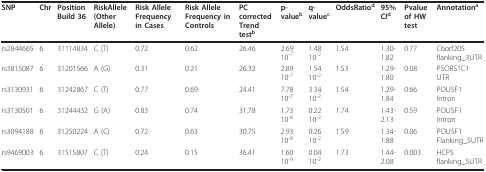
| SNP | Chr | Position Build 36 | RiskAllele (Other Allele) | Risk Allele Frequency in Cases | Risk Allele Frequency in Controls | PC corrected Trend testb | p-valueb | q-valuec | OddsRatiod | 95% CId | Pvalue of HW test | Annotationa |
 | --- | --- | --- | --- | --- | --- | --- | --- | --- | --- | --- | --- | --- |
 | rs2844665 | 6 | 31114834 | C (T) | 0.72 | 0.62 | 26.46 | 2.69 10-7 | 1.48 10-2 | 1.54 | 1.30-1.82 | 0.77 | C6orf205flanking_3UTR |
 | rs3815087 | 6 | 31201566 | A (G) | 0.31 | 0.21 | 26.32 | 2.89 10-7 | 1.54 10-2 | 1.53 | 1.29-1.80 | 0.08 | PSORS1C1UTR |
 | rs3130931 | 6 | 31242867 | C (T) | 0.77 | 0.69 | 24.41 | 7.78 10-7 | 3.34 10-2 | 1.54 | 1.29-1.84 | 0.66 | POU5F1Intron |
 | rs3130501 | 6 | 31244432 | G (A) | 0.83 | 0.74 | 31.78 | 1.73 10-8 | 0.22 10-2 | 1.74 | 1.43-2.13 | 0.59 | POU5F1Intron |
 | rs3094188 | 6 | 31250224 | A (C) | 0.72 | 0.63 | 30.75 | 2.93 10-8 | 0.26 10-2 | 1.59 | 1.34-1.88 | 0.06 | POU5F1Flanking_5UTR |
 | rs9469003 | 6 | 31515807 | C (T) | 0.24 | 0.15 | 36.41 | 1.60 10-9 | 0.04 10-2 | 1.73 | 1.44-2.08 | 0.003 | HCP5flanking_5UTR |